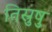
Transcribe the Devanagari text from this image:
तिस्रुषु